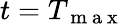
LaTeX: t=T_{\mathrm{~m~a~x~}}